Scientific memoirs by medical officers of the Army of India - Part IV,
Year: 1889
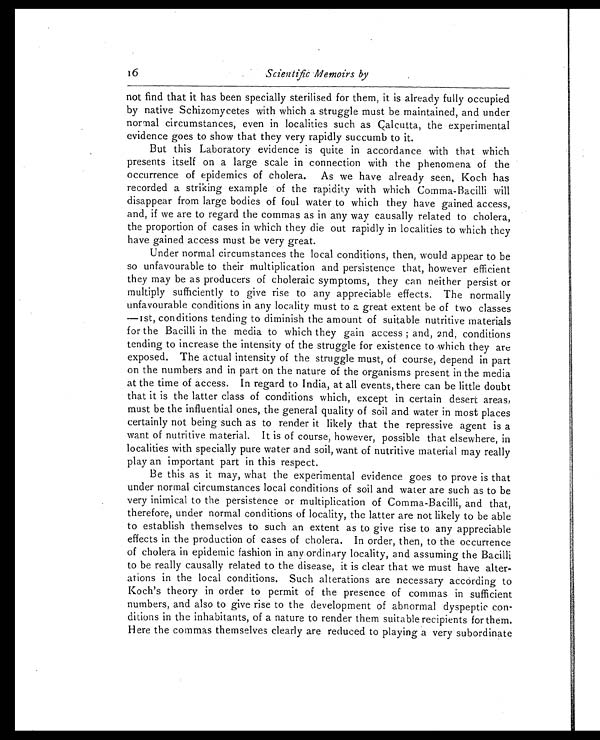
16
Scientific Memoirs by
not find that it has been specially sterilised for them, it is already fully occupied
by native Schizomycetes with which a struggle must be maintained, and under
normal circumstances, even in localities such as Calcutta, the experimental
evidence goes to show that they very rapidly succumb to it.
But this Laboratory evidence is quite in accordance with that which
presents itself on a large scale in connection with the phenomena of the
occurrence of epidemics of cholera. As we have already seen, Koch has
recorded a striking example of the rapidity with which Comma-Bacilli will
disappear from large bodies of foul water to which they have gained access,
and, if we are to regard the commas as in any way causally related to cholera,
the proportion of cases in which they die out rapidly in localities to which they
have gained access must be very great.
Under normal circumstances the local conditions, then, would appear to be
so unfavourable to their multiplication and persistence that, however efficient
they may be as producers of choleraic symptoms, they can neither persist or
multiply sufficiently to give rise to any appreciable effects. The normally
unfavourable conditions in any locality must to a great extent be of two classes
—1st, conditions tending to diminish the amount of suitable nutritive materials
for the Bacilli in the media to which they gain access; and, 2nd, conditions
tending to increase the intensity of the struggle for existence to which they are
exposed. The actual intensity of the struggle must, of course, depend in part
on the numbers and in part on the nature of the organisms present in the media
at the time of access. In regard to India, at all events, there can be little doubt
that it is the latter class of conditions which, except in certain desert areas,
must be the influential ones, the general quality of soil and water in most places
certainly not being such as to render it likely that the repressive agent is a
want of nutritive material. It is of course, however, possible that elsewhere, in
localities with specially pure water and soil, want of nutritive material may really
play an important part in this respect.
Be this as it may, what the experimental evidence goes to prove is that
under normal circumstances local conditions of soil and water are such as to be
very inimical to the persistence or multiplication of Comma-Bacilli, and that,
therefore, under normal conditions of locality, the latter are not likely to be able
to establish themselves to such an extent as to give rise to any appreciable
effects in the production of cases of cholera. In order, then, to the occurrence
of cholera in epidemic fashion in any ordinary locality, and assuming the Bacilli
to be really causally related to the disease, it is clear that we must have alter
-ations in the local conditions. Such alterations are necessary according to
Koch's theory in order to permit of the presence of commas in sufficient
numbers, and also to give rise to the development of abnormal dyspeptic con
-ditions in the inhabitants, of a nature to render them suitable recipients for them.
Here the commas themselves clearly are reduced to playing a very subordinate